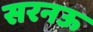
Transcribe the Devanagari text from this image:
सरनऊ